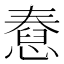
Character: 憃